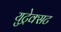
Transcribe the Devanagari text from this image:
युट्रेक्सट